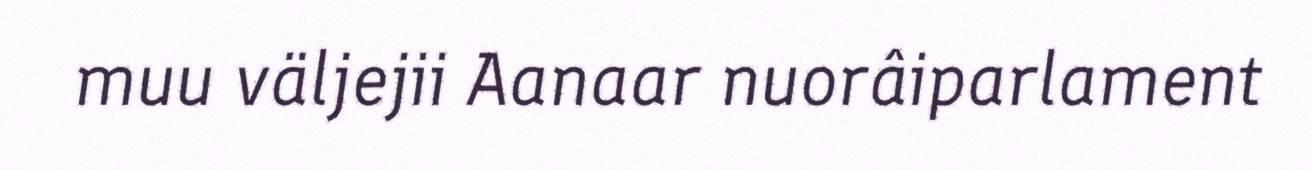
muu väljejii Aanaar nuorâiparlament